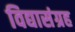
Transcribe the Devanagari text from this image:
विद्यासंग्रह